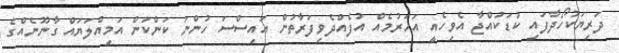
ދަރިޔަކުހޯދާފައި ކުޑަކުއްޖާ އެވިހެއީ އަހަރުމެއް އުފެއްދެވިފަރާތުން އައިސްސަ ހުންނަ ކަންކަން އަމިއްލަޔައް ގާނޫނެއްގެ